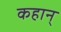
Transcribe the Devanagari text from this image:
कहान्